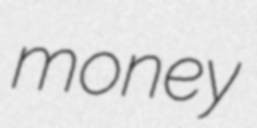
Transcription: money